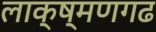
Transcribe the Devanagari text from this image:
लाक्ष्मणगढ